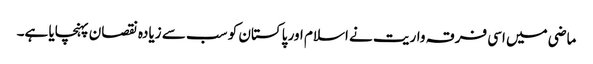
ماضی میں اسی فرقہ واریت نے اسلام اور پاکستان کو سب سے زیادہ نقصان پہنچایا ہے۔